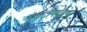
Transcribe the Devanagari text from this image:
स्वतःनियंत्रण